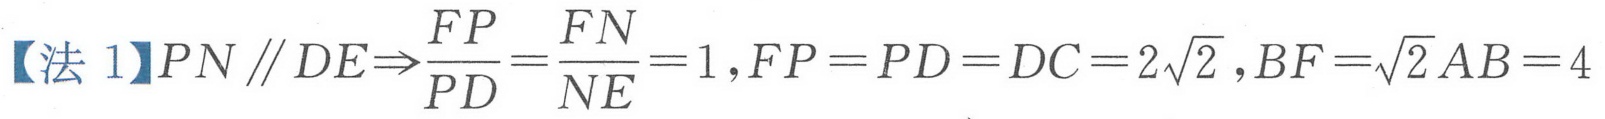
【法 1】$PN \parallel DE\Rightarrow\frac{FP}{PD}=\frac{FN}{NE}=1,FP = PD = DC = 2\sqrt{2},BF=\sqrt{2}AB = 4$